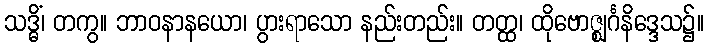
သဒ္ဓိံ၊ တကွ။ ဘာဝနာနယော၊ ပွားရာသော နည်းတည်း။ တတ္ထ၊ ထိုဗောဇ္ဈင်္ဂနိဒ္ဒေသ၌။